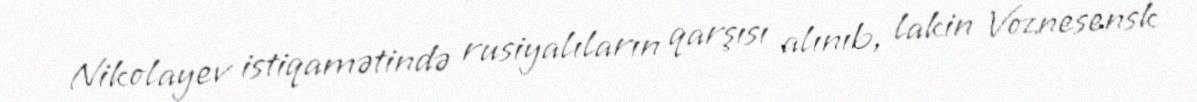
Nikolayev istiqamətində rusiyalıların qarşısı alınıb, lakin Voznesensk